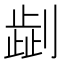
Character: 𠟞